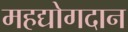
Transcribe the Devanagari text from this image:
महद्योगदान